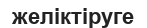
желіктіруге